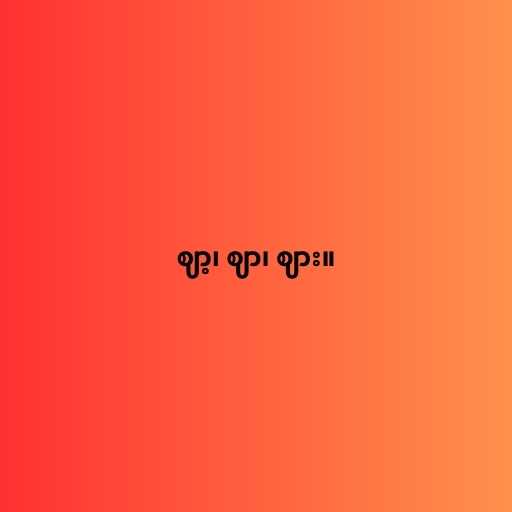
ဈာ့၊ ဈာ၊ ဈား။